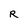
Character: R